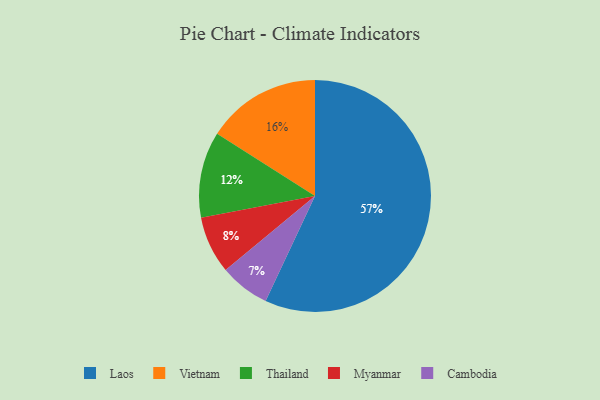
{"axis": {"x": "Category", "y": "Percentage"}, "legend": ["Cambodia", "Laos", "Myanmar", "Thailand", "Vietnam"], "data": [{"x": "Laos", "y": 57, "type": "Laos"}, {"x": "Myanmar", "y": 8, "type": "Myanmar"}, {"x": "Thailand", "y": 12, "type": "Thailand"}, {"x": "Cambodia", "y": 7, "type": "Cambodia"}, {"x": "Vietnam", "y": 16, "type": "Vietnam"}]}